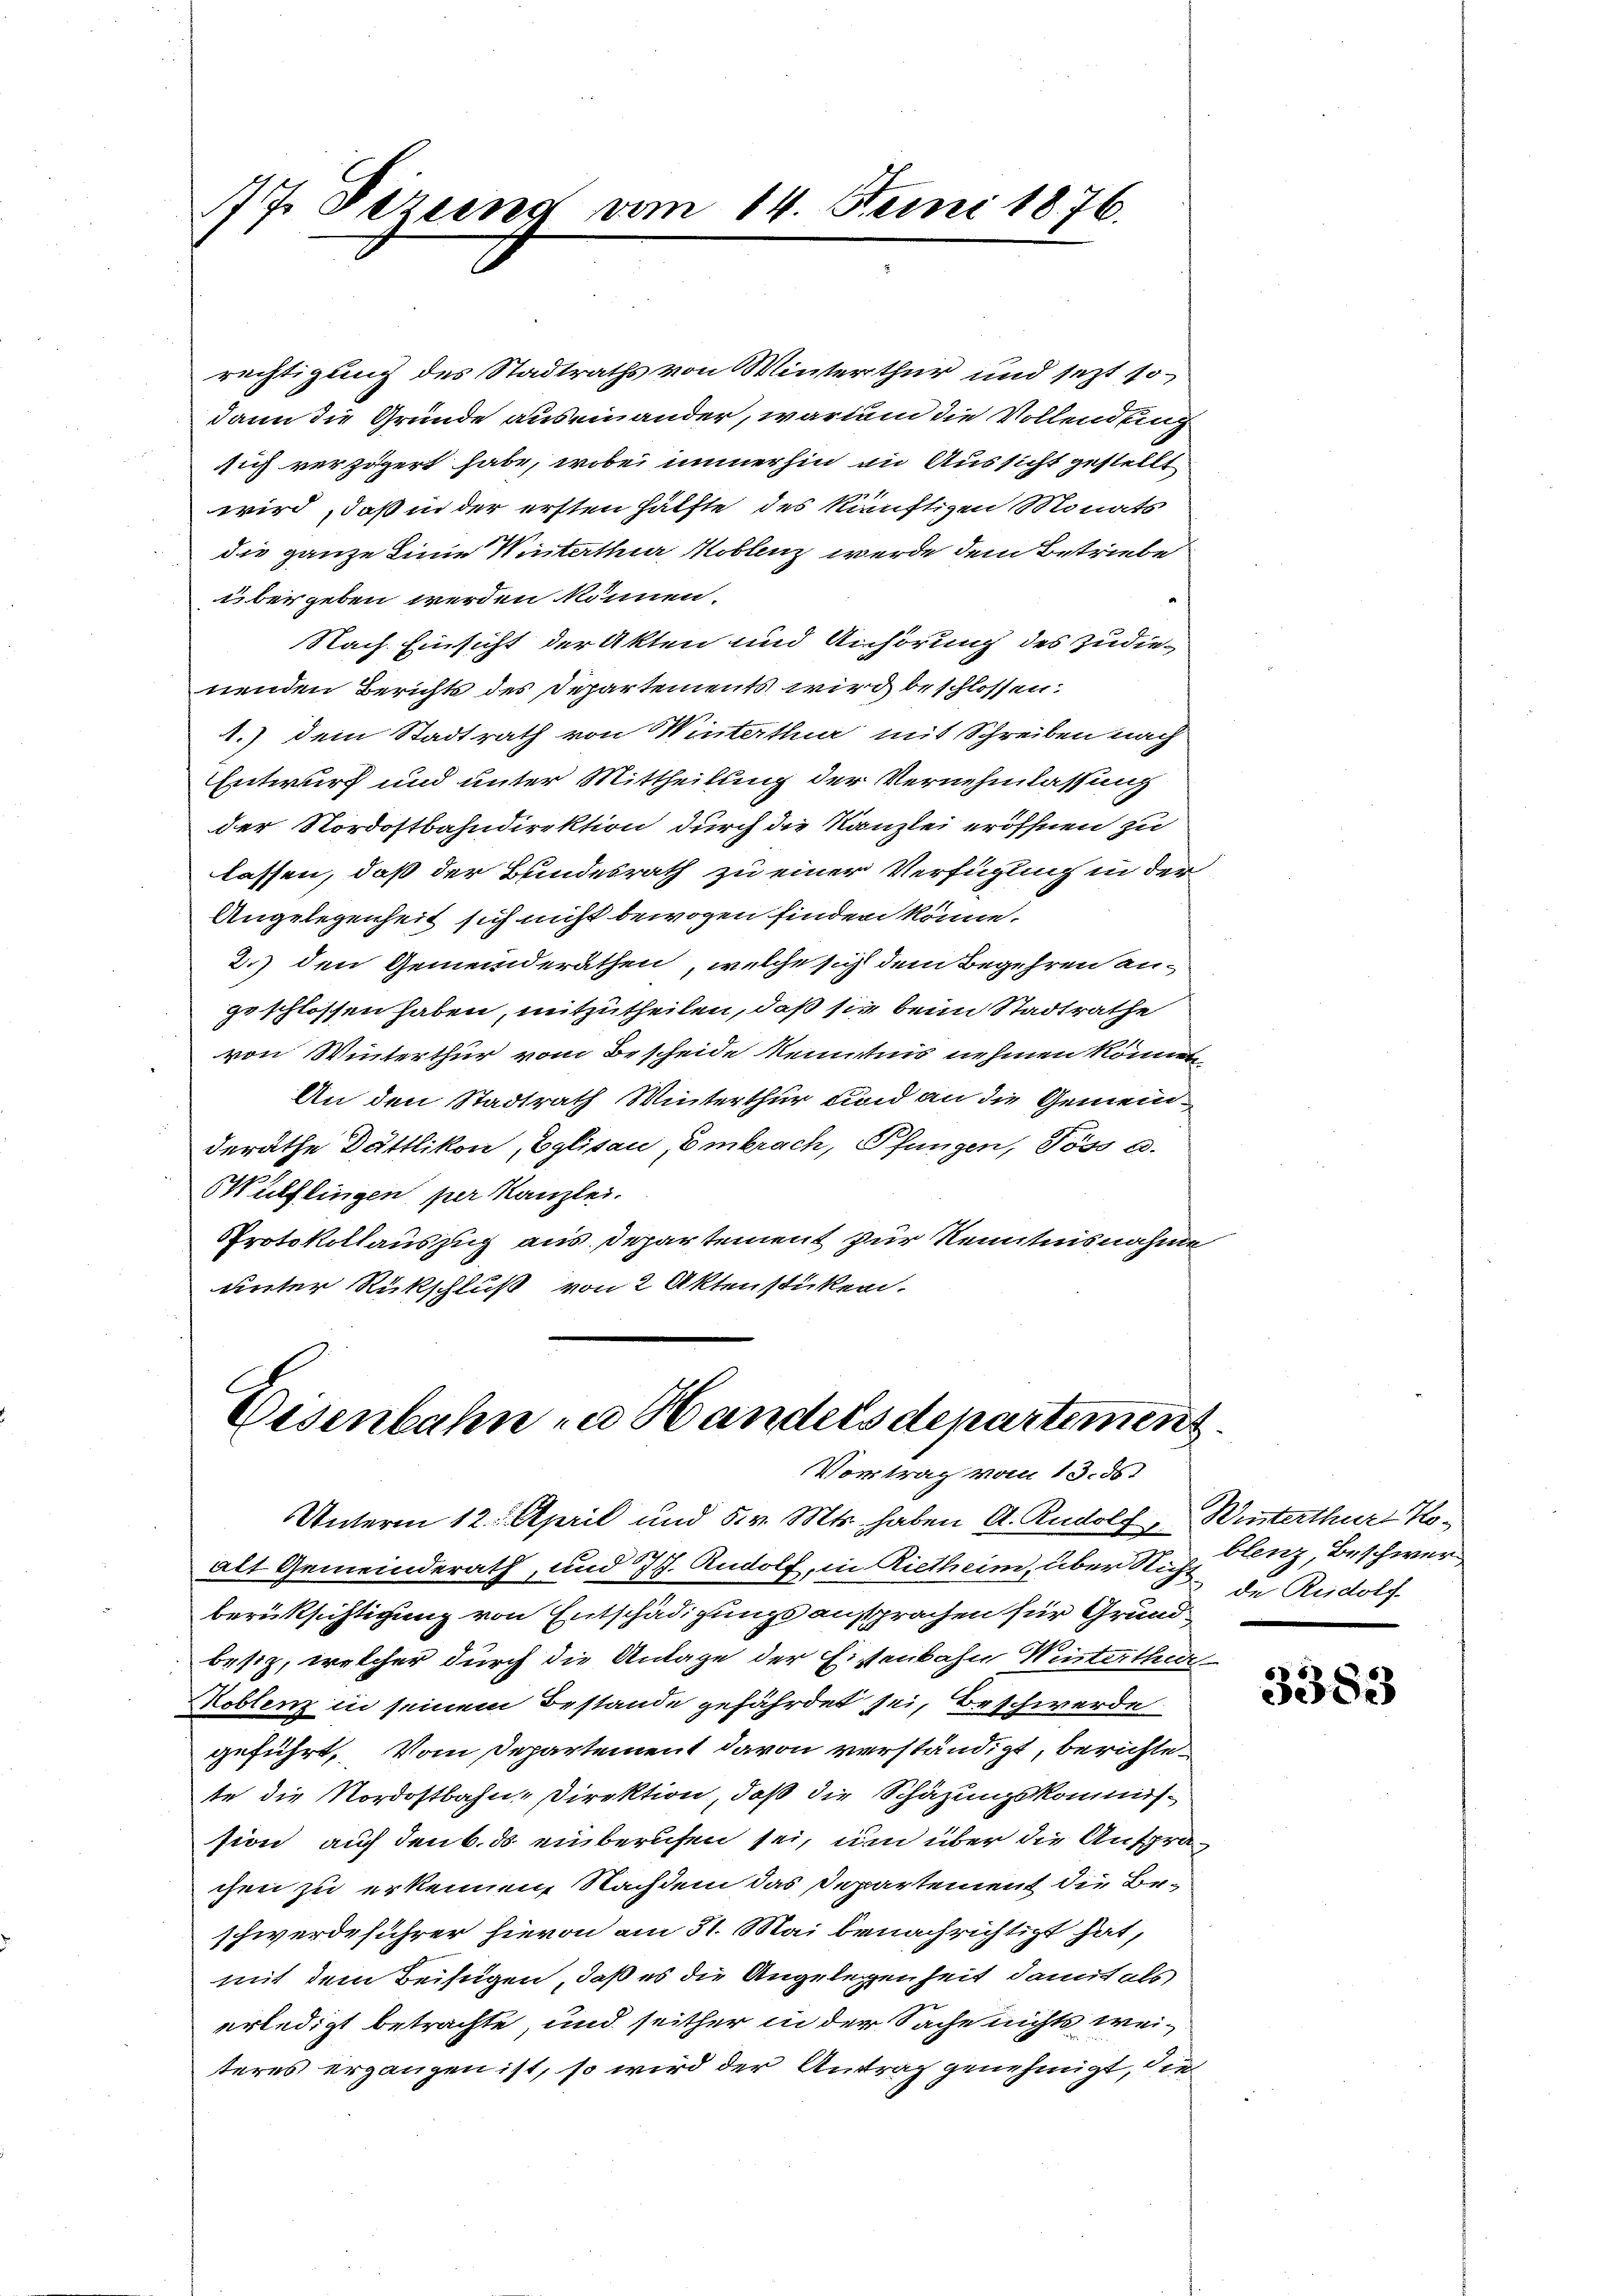
17. Dezend vom 14. Juni 1876.

rechtigung des Stadtraths von Winterthur und jezt so
dann die Gründe auseinander, wardem die Vollendung
sich verzögert habe, wobei immerhin an Aussicht gestellt
wird, daß in der ersten Hälfte des künftigen Monats
die ganze Linie Winterthur Koblenz werde dem Betriebe
übergeben werden können.
Nach Einsicht der Akten und Anhörung des zudie
nenden Berichts des Departements wird beschlossen:
A.) Dem Stadtrath von Winterthur mit Schreiben nach
Entwurf und unter Mittheilung der Vernehmlassung
der Nordostbahndirektion durch die Kanzlei eröffnen zu
lassen, daß der Bundesrath zu einer Verfügung in der
Angelegenheit sich nicht bewogen finden könne.
2.) den Gemeinderäthen, welche sich dem Begehren an-
ze schlossen haben, mitzutheilen, daß sie beim Stadtrathe
von Winterthur vom Bescheide kenntnis nehmen können,
An den Stadtrath Winterthur und an die Gemeinderäthe Dättlikon, Eglisau, Embrach, Pfungen, Töss a.
Wülflingen per Kanzlei.
Protokollauszug aus Departement zur Kenntnisnahme
unter Rückschluß von 2 Aktenstücken.

Eisenbahn in Handels departement
Vortrag vom 13. ds.

alt Gemeinderath, und 7 J. Rudolf, in Rietheim, über Nich, Enz, Beschwerberüksichtigung von Entschädigungsansprachen für Grundbesiz, welcher durch die Anlage der Eisenbahn Weisterthur
Koblenz in seinem Bestande gefährdet sei, Beschwerde
geführt, vom Departement davon verständigt, berichtete die Nordostbahn-Direktion, daß die Schäzungskommission auf den 6. ds einberufen sei, um über die Ansprachen zu erkennen, Nachdem das Departement die Beschwerdeführer hievon am 31. Mai benachrichtigt hat,
mit dem Beifügen, daß es die Angelegenheit, damit als
erledigt betrachte und seither in der Sache nichts weiteres ergangen ist, so wird der Antrag genehmigt, die

Unterm 12. April und 5. v. Mts. haben A. Rudolf Winterthur Ko¬

de Rudolf

3383